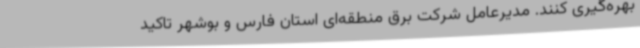
بهره‌گیری کنند. مدیرعامل شرکت برق منطقه‌ای استان فارس و بوشهر تاکید